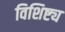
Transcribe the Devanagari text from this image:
विशिष्ट्य